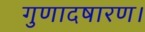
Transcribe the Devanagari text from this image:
गुणादषारण।